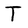
Character: T